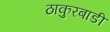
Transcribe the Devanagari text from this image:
ठाकुरबाडी